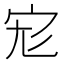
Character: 𡧞